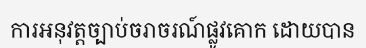
ការអនុវត្តច្បាប់ចរាចរណ៍ផ្លូវគោក ដោយបាន